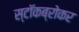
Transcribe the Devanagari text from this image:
स्टॉकब्रोकर